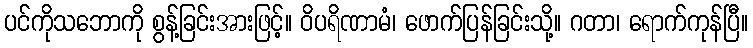
ပင်ကိုသဘောကို စွန့်ခြင်းအားဖြင့်။ ဝိပရိဏာမံ၊ ဖောက်ပြန်ခြင်းသို့။ ဂတာ၊ ရောက်ကုန်ပြီ။